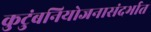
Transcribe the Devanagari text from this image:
कुटुंबनियोजनासंदर्भात